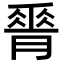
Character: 𦟝